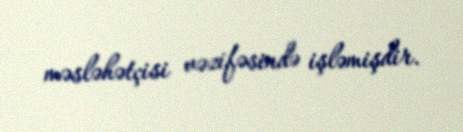
məsləhətçisi vəzifəsində işləmişdir.